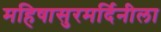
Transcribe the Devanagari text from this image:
महिषासुरमर्दिनीला